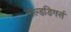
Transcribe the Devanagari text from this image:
गोल्डडिगर्स